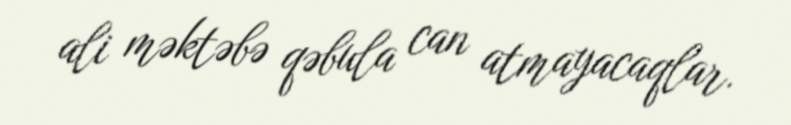
ali məktəbə qəbula can atmayacaqlar.